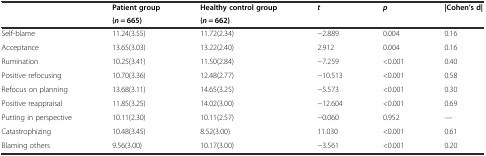
| <ROWSPAN=2>  | Patient group | Healthy control group | <ROWSPAN=2> t | <ROWSPAN=2> p | <ROWSPAN=2> |Cohen’s d| |
 | (n = 665) | (n = 662) |
 | --- | --- | --- | --- | --- | --- |
 | Self-blame | 11.24(3.55) | 11.72(2.34) | −2.889 | 0.004 | 0.16 |
 | Acceptance | 13.65(3.03) | 13.22(2.40) | 2.912 | 0.004 | 0.16 |
 | Rumination | 10.25(3.41) | 11.50(2.84) | −7.259 | <0.001 | 0.40 |
 | Positive refocusing | 10.70(3.36) | 12.48(2.77) | −10.513 | <0.001 | 0.58 |
 | Refocus on planning | 13.68(3.11) | 14.65(3.25) | −5.573 | <0.001 | 0.30 |
 | Positive reappraisal | 11.85(3.25) | 14.02(3.00) | −12.604 | <0.001 | 0.69 |
 | Putting in perspective | 10.11(2.30) | 10.11(2.57) | −0.060 | 0.952 | — |
 | Catastrophizing | 10.48(3.45) | 8.52(3.00) | 11.030 | <0.001 | 0.61 |
 | Blaming others | 9.56(3.00) | 10.17(3.00) | −3.561 | <0.001 | 0.20 |